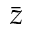
\bar { z }